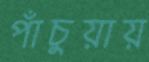
পাঁচুয়ায়